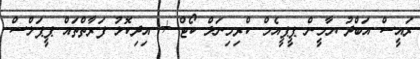
ރައީސް އަބްދު ޔާމީން ޕީޕީއެމް ކްރިމިނަލް ކޯޓް + އިދިކޮޅު ފަރާތްތައް ޕީޕަލްސް